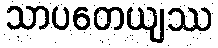
သာပတေယျဿ